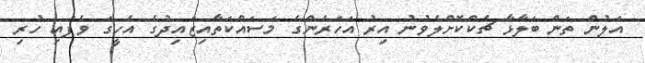
އަލުން ތަން ބަލާޅާ ޗެކްކޮށްްލެވުނު އިރު އަހަރެންގެ މަސައްކަތާއިޒައިދުގެ އެހީގަ ވެފައި ހުރި